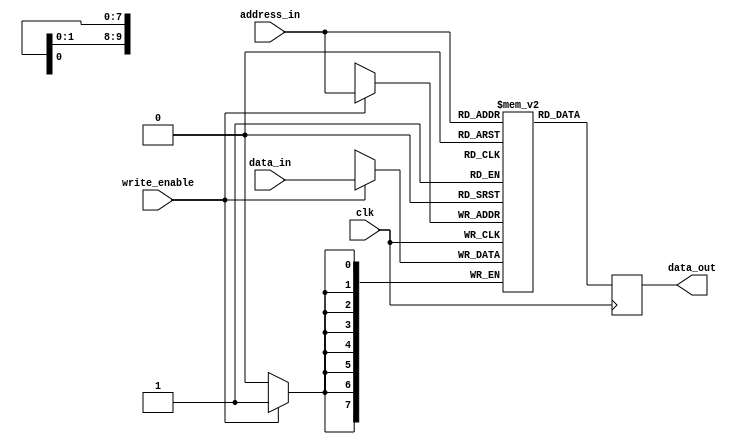
module sync_ram_sp #(parameter DATA_WIDTH=8, ADDRESS_WIDTH=10)
   (input  wire                      write_enable, clk,
    input  wire  [DATA_WIDTH-1:0]    data_in,
    input  wire  [ADDRESS_WIDTH-1:0] address_in,
    output wire  [DATA_WIDTH-1:0]    data_out);
  localparam WORD  = (DATA_WIDTH-1);
  localparam DEPTH = (2**ADDRESS_WIDTH-1);
  reg [WORD:0] data_out_r;
  reg [WORD:0] memory [0:DEPTH];
  always @(posedge clk) begin
    if (write_enable)
      memory[address_in] <= data_in;
    data_out_r <= memory[address_in];
  end
  assign data_out = data_out_r;
endmodule